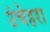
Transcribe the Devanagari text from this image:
उंचेहरा